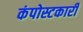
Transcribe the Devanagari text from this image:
कंपोस्टकारी